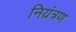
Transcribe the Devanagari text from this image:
निय़ंत्रण